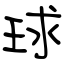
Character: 球